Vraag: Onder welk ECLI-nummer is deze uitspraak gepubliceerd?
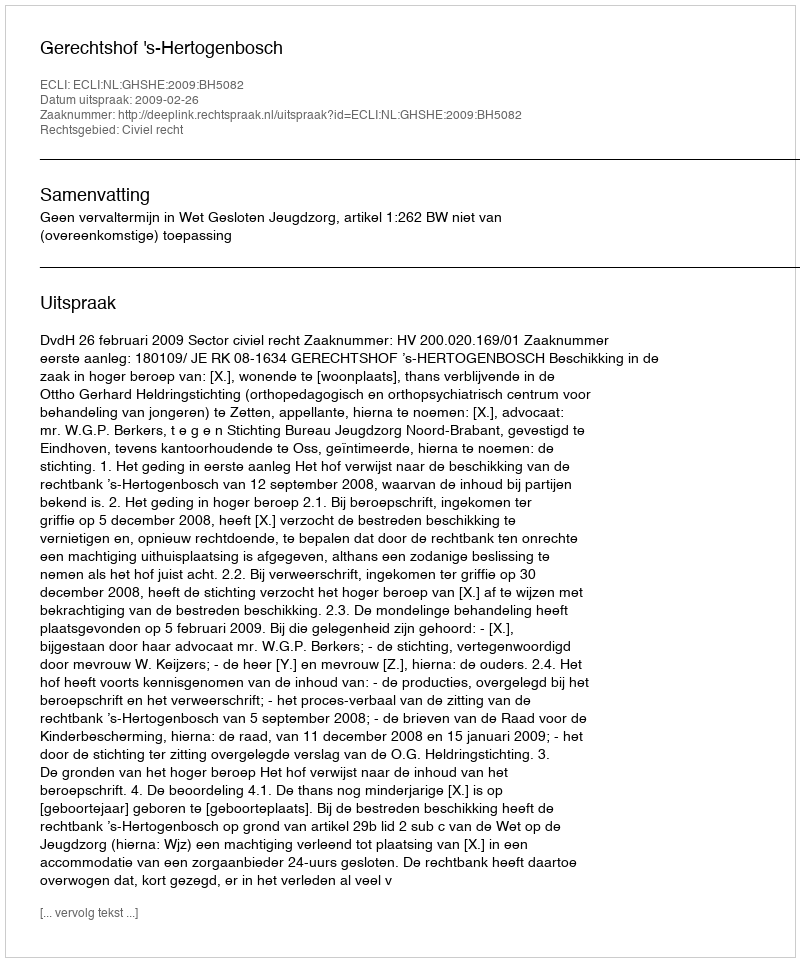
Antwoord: ECLI:NL:GHSHE:2009:BH5082